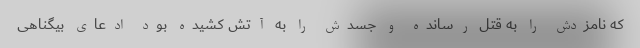
که نامزدش را به قتل رسانده و جسدش را به آتش کشیده بود ادعای بیگناهی